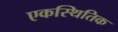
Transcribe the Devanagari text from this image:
एकस्थितिक